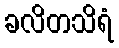
ခလိတသိရံ